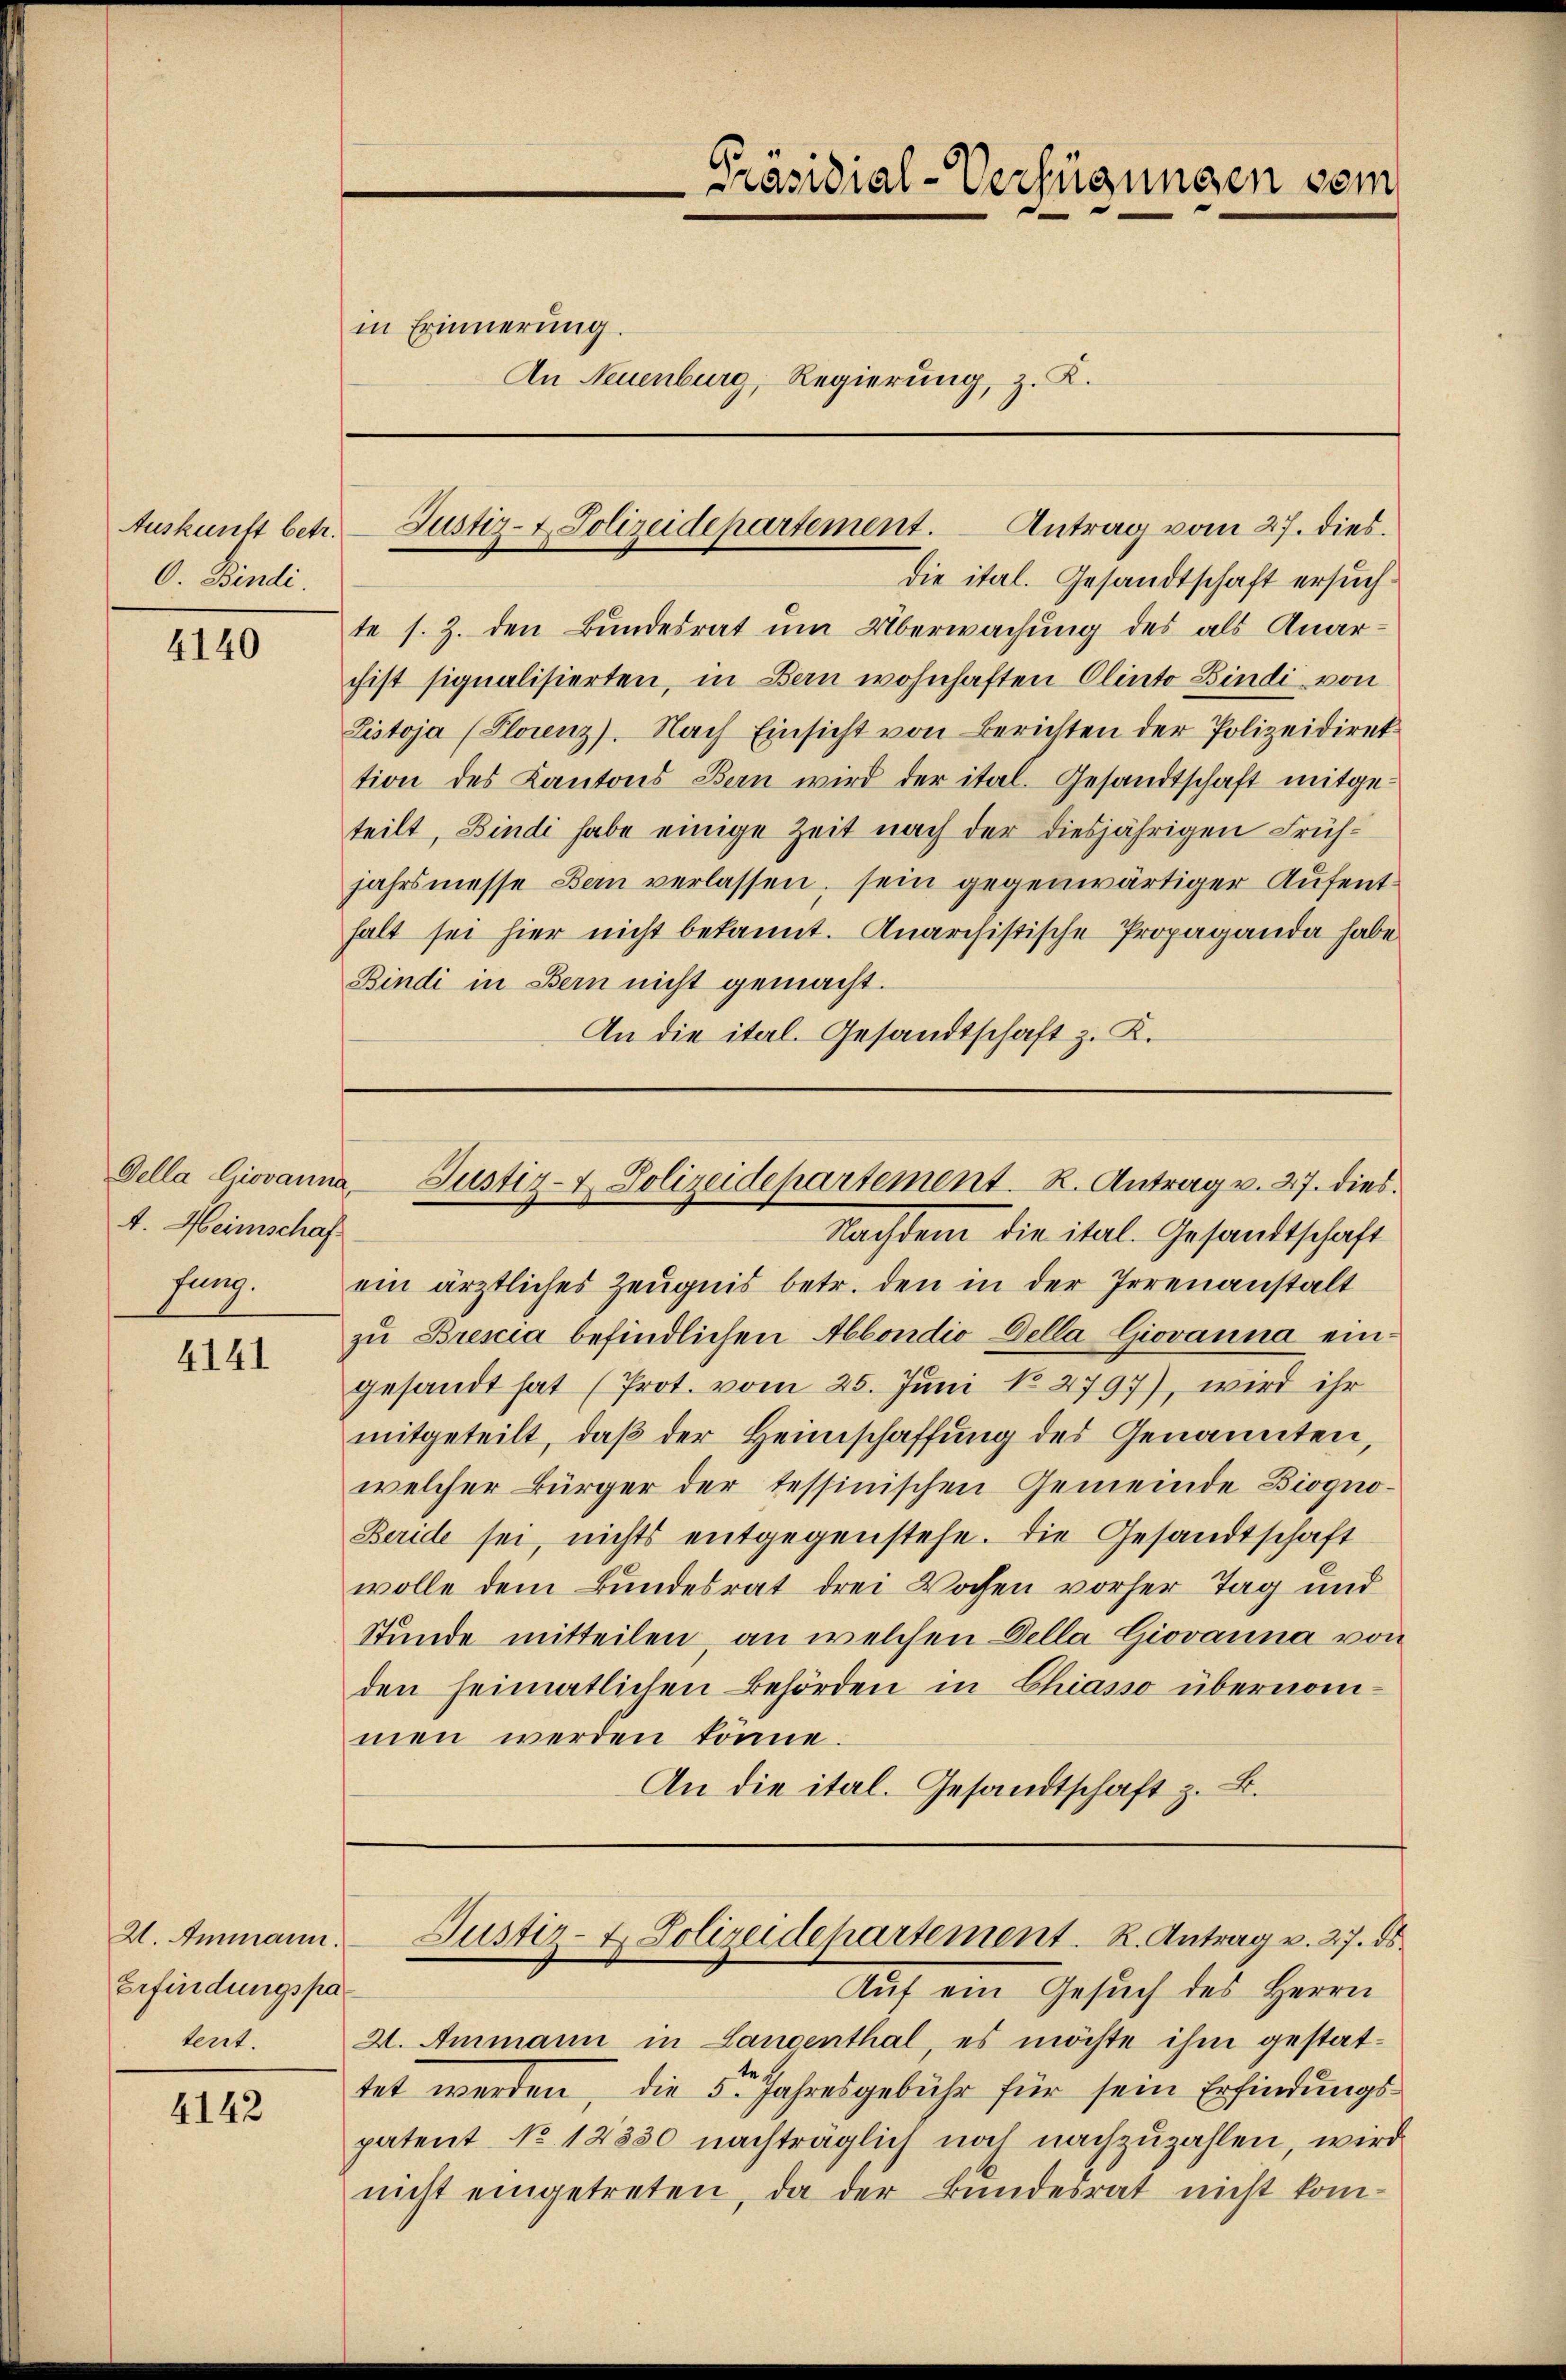
Auskunft betr.
O. Bindi.

4140

4. Heimschaf

4141

U. Ammann.
Erfindungspatent.

4142

An Neuenburg, Regierung, z. K.

in Erinnerung.

Präsidial-Verfügungen vom

die ital. Gesandtschaft ersuchte s. Z. den Bundesrat um Überwachung des als Anarchist signalisierten, in Bern wohnhaften Clinto Bindi, von
Listoja (Plorenz). Nach Einsicht von Berichten der Polizeidirektion des Kantons Bern wird der ital. Gesandtschaft mitge-
teilt, Bindi habe einige Zeit nach der diesjährigen Frühjahrsmesse Bern verlassen, sein gegenwärtiger Aufenthalt sei hier nicht bekannt. Anarchistische Propaganda habe
Bindi in Bern nicht gemacht.
An die ital. Gesandtschaft z. K.

Justiz- & Polizeidepartement. Antrag vom 27. dies.

Gella Giovanna, Justiz- & Polizeidepartement. R. Antrag v. 27. dies

Nachdem die ital. Gesandtschaft
fung ein ärztliches Zeugnis betr. den in der Irrenanstalt
zu Brescia befindlichen Abbondio della Giovanna eingesandt hat (Prot. vom 25. Juni 182797), wird ihr
mitgeteilt, daß der Heimschaffung des Genannten,
welcher Bürger der tessinischen Gemeinde Biogno¬
Beride sei, nichts entgegenstehe. Die Gesandtschaft
wolle dem Bundesrat drei Wochen vorher Tag und
Stunde mitteilen, an welchen Della Giovanna von
den heimatlichen Behörden in Chiasso übernommen werden könne.
An die ital. Gesandtschaft z. B.

Justiz- & Polizeidepartement. R. Antrag v. 27. ds.

Auf ein Gesuch des Herrn
X. Ammann in Landenthal es möchte ihm gestattet werden, die 5ten Jahresgebühr für sein Erfindungspatent No 12830 nachträglich noch nachzuzahlen, wird
nicht eingetreten, da der Bundesrat nicht kom¬